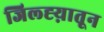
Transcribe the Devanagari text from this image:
जिल्ह्य़ातून